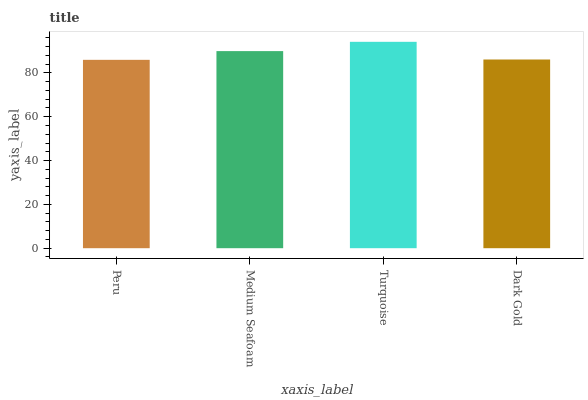
| xaxis_label | bars |
 | --- | --- |
 | Peru | 86 |
 | Medium Seafoam | 90 |
 | Turquoise | 94.2 |
 | Dark Gold | 86.1 |